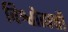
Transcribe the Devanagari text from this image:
विश्वोत्पत्तौ